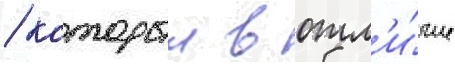
/ которыи в отл'и́чие